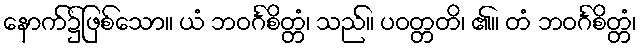
နောက်၌ဖြစ်သော။ ယံ ဘဝင်္ဂစိတ္တံ၊ သည်။ ပဝတ္တတိ၊ ၏။ တံ ဘဝင်္ဂစိတ္တံ၊